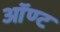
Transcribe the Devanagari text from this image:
ऑण्ट